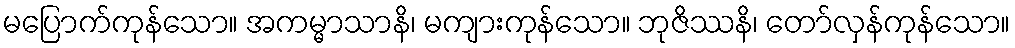
မပြောက်ကုန်သော။ အကမ္မာသာနိ၊ မကျားကုန်သော။ ဘုဇိဿနိ၊ တော်လှန်ကုန်သော။